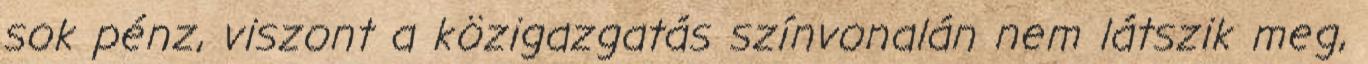
sok pénz, viszont a közigazgatás színvonalán nem látszik meg,